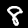
Label: 8